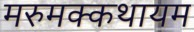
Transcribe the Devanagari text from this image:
मरुमक्कथायम